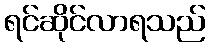
ရင်ဆိုင်လာရသည်